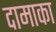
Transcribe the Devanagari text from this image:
दामाका